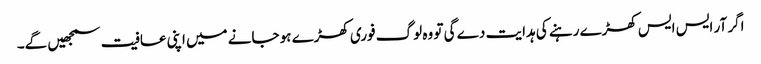
اگر آر ایس ایس کھڑے رہنے کی ہدایت دے گی تو وہ لوگ فوری کھڑے ہو جانے میں اپنی عافیت سمجھیں گے۔